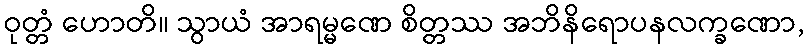
ဝုတ္တံ ဟောတိ။ သွာယံ အာရမ္မဏေ စိတ္တဿ အဘိနိရောပနလက္ခဏော,